Report on sanitation, dispensaries, and jails in Rajputana for 1916, and on vaccination for the year 1916-1917 - 1916-1917
Year: 1916
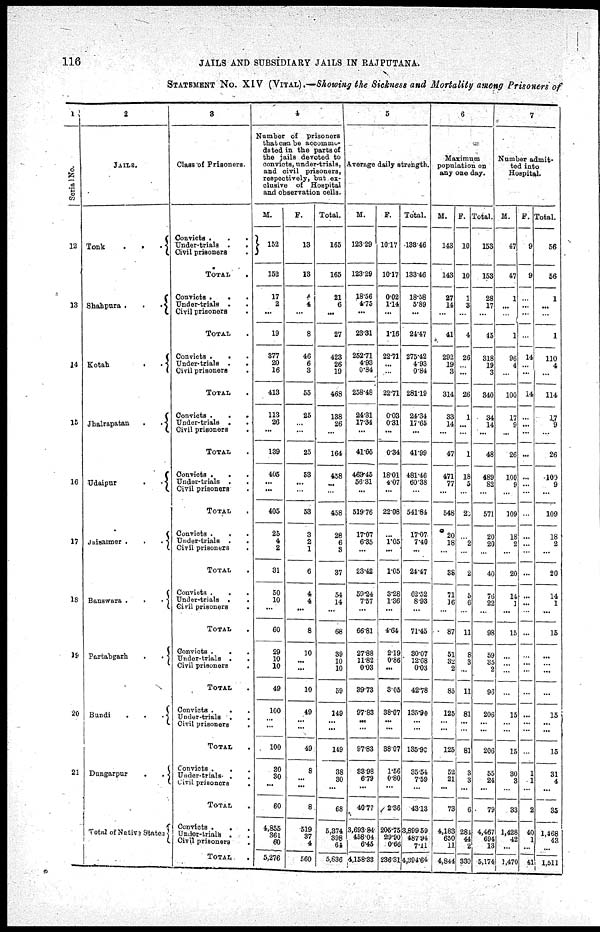
116
JAILS AND SUBSIDIARY JAILS IN RAJPUTANA.
STATEMENT NO. XIV (VITAL) .—Showing the Sickness and Mortality among Prisoners of
1
Serial No.
12
13
14
15
16
17
18
19
20
21
2
JAILS.
Tonk
...
Shahpura
...
Kotah
..
Jhalrapatan
..
Udaipur
..
Jaisalmer
...
Banswara
...
Partabgarh
..
Bundi
...
Dungarpur
..
Total of Native States
3
Class of Prisoners.
Convicts
...
Under-trials
..
Civil prisoners .
TOTAL .
Convicts
...
Under-trials
..
Civil prisoners .
TOTAL .
Convicts
...
Under-trials
..
Civil prisoners .
TOTAL .
Convicts
...
Under-trials ..
Civil prisoners
.
TOTAL .
Convicts
...
Under-trials ..
Civil prisoners .
TOTAL .
Convicts
...
Under-trials
..
Civil prisoners
.
TOTAL .
Convicts
...
Under-trials ..
Civil prisoners .
TOTAL
Convicts
...
Under-trials
..
Civil prisoners .
TOTAL .
Convicts
...
Under-trials ..
Civil prisoners
.
TOTAL .
Convicts
...
Under-trials ..
Civil prisoners .
TOTAL .
Convicts
...
Under-trials ..
Civil prisoners .
TOTAL .
4
Number of
prisoners
that can be accommo-
dated in the parts of
the jails devoted to
convicts, under-trials,
and civil prisoners,
respectively, but ex-
clusive of Hospital
and observation cells.
M.
152
152
17
2
...
19
377
20
16
413
113
26
...
139
405
...
...
405
25
4
2
31
50
10
...
60
29
10
10
49
100
...
...
100
30
30
...
60
4,855
361
60
5,276
F.
13
13
4
4
...
8
46
6
3
55
25
...
...
25
53
...
...
53
3
2
1
6
4
4
...
8
10
...
...
10
49
...
...
49
8
... ...
8
519
37
4
560
Total.
165
165
21
6
...
27
423
26
19
468
138
26
...
164
458
...
...
458
28
6
3
37
54
14
...
68
39
10
10
59
149
...
...
149
38
30
...
68
5,374
398
64
5,836
5
Average daily strength.
M.
123.29
123.29
18.56
4.75
...
23.31
252.71
4.93
0.84
258.48
24.31
17.34
...
41.65
463.45
56.31
...
519.76
17.07
6.35
...
23.42
59.24
7.57
...
66.81
27.88
11.82
0.03
39.73
97.83
...
...
97.83
33.98
6.79
...
40.77
3,693.84
458.04
6.45
4,158.33
F.
10.17
10.17
0.02
1.14
...
1.16
22.71
...
...
22.71
0.03
0.31
...
0.34
18.01
4.07
...
22.08
...
1.05
...
1.05
3.28
1.36
...
4.64
2.19
0.86
...
3.05
38.07
...
...
38.07
1.56
0.80
...
2.36
205.75
29.90
0.66
236.31
Total.
133.46
133.46
18.58
5.89
...
24.47
275.42
4.93
0.84
281.19
24.34
17.65
...
41.99
481.46
60.38
...
541.84
17.07
7.40
...
24.47
62.52
8.93
...
71.45
30.07
12.68
0.03
42.78
135.90
...
...
185.90
35.54
7.59
...
43.13
3,899.59
487.94
7.11
4,394.64
6
Maximum
population on
any one day.
M.
143
143
27
14
...
41
292
19
3
314
33
14
...
47
471
77
...
548
20
18
...
38
71
16
...
87
51
32
2
85
125
...
...
125
52
21
...
73
4,183
650
11
4,844
F.
10
10
1
3
...
4
26
...
...
26
1
...
...
1
18
5
...
2
...
2
...
2
5
6
...
11
8
3
...
11
81
...
...
81
8
3
...
6
284
44
2
330
Total.
153
153
28
17
...
15
318
19
3
340
34
14
...
48
489
82
...
571
20
20
...
40
76
22
...
98
59
35
2
96
206
...
...
206
55
24
...
79
4,467
694
13
5,174
7
Number admit-
ted into
Hospital.
M.
47
47
1
...
...
1
96
4
...
100
17
9
...
26
100
9
...
109
18
2
...
20
14
1
...
15
...
...
...
...
15
...
...
15
30
3
...
33
1,428
42
...
1,470
F.
9
9
...
...
...
...
14
...
...
14
...
...
...
...
...
...
...
...
...
...
...
...
...
...
...
...
...
...
...
...
...
...
...
...
1
1
...
2
40
1
...
41
Total.
56
56
1
...
...
1
110
4
...
114
17
9
...
26
100
9
...
109
18
2
...
20
14
1
...
15
...
...
...
...
15
...
...
15
31
4
...
35
1,468
43
...
1,511